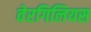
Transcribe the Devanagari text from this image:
वेरगिलियस